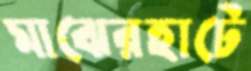
মাঝেরহাটে